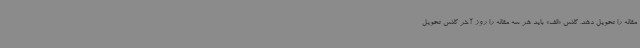
مقاله را تحویل دهد. کلاس «الف» باید هر سه مقاله را روز آخر کلاس تحویل